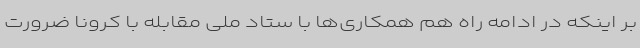
بر اینکه در ادامه راه هم همکاری‌ها با ستاد ملی مقابله با کرونا ضرورت